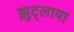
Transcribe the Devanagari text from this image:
झुट्लाया